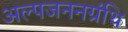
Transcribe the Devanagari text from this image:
अल्पजननग्रंथि